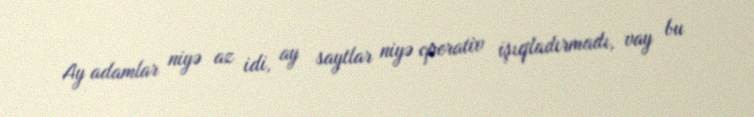
Ay adamlar niyə az idi, ay saytlar niyə operativ işıqladırmadı, vay bu